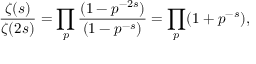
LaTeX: { \frac { \zeta ( s ) } { \zeta ( 2 s ) } } = \prod _ { p } { \frac { ( 1 - p ^ { - 2 s } ) } { ( 1 - p ^ { - s } ) } } = \prod _ { p } ( 1 + p ^ { - s } ) ,